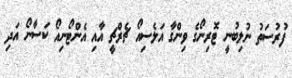
ފުރުސަތު ނުލިބުނީ ޓޮރިނޯގެ ވިންގާ އަލެސިއޯ ޗެރްޗީ އާއި އެންޓޯނިއޯ ކަސާނޯ އަދި